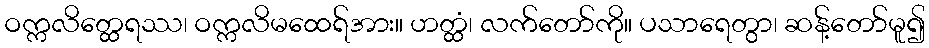
ဝက္ကလိတ္ထေရဿ၊ ဝက္ကလိမထေရ်အား။ ဟတ္ထံ၊ လက်တော်ကို။ ပသာရေတွာ၊ ဆန့်တော်မူ၍